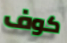
كوف